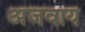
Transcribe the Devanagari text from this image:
अजवाय